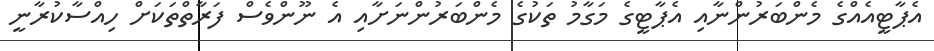
އެޕާޓީއެއްގެ މެންބަރުންނާއި އެޕާޓީގެ މަގާމު ތަކުގެ މެންބަރުންނަށާއި އެ ނޫންވެސް ފަރާތްތަކަށް ހިއްސާކުރާނީ